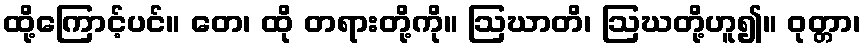
ထို့ကြောင့်ပင်။ တေ၊ ထို တရားတို့ကို။ ဩဃာတိ၊ ဩဃတို့ဟူ၍။ ဝုတ္တာ၊